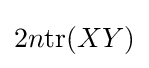
2n{\text{tr}}(XY)